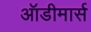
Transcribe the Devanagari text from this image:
ऑडीमार्स